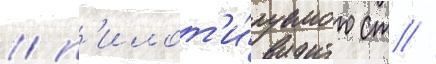
/ п'илот'и́руемого ст //